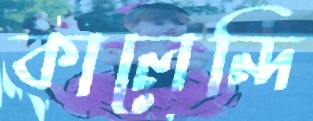
কালেন্দি